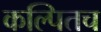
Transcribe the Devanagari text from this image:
कल्पितच